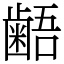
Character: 𪘚